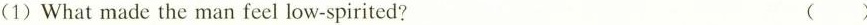
(1)What made the man feel low-spirited? ()